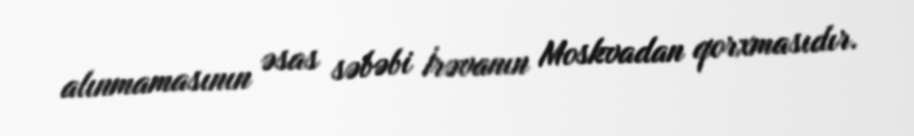
alınmamasının əsas səbəbi İrəvanın Moskvadan qorxmasıdır.